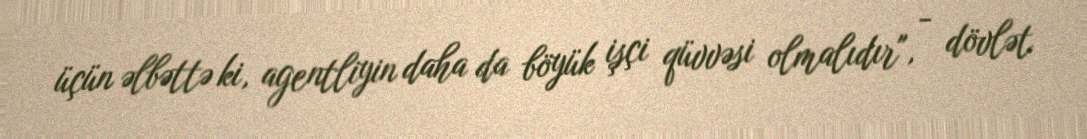
üçün əlbəttə ki, agentliyin daha da böyük işçi qüvvəsi olmalıdır", - dövlət